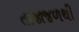
તાજાજળથી